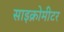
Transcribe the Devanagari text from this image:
साइक्रोमीटर